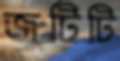
জুটিটি